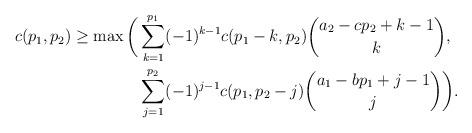
LaTeX: \begin{align*} c(p_1,p_2)\ge\max\bigg( &\sum\limits_{k=1}^{p_1} (-1)^{k-1}c(p_1-k,p_2){a_2-cp_2+k-1\choose k},\\ &\sum\limits_{ j =1}^{p_2} (-1)^{ j -1}c(p_1,p_2- j ){a_1-bp_1+ j -1\choose j }\bigg). \end{align*}